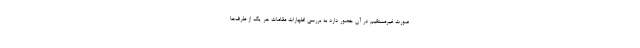
صورت غیرمستقیم در آن حضور دارد به بررسی اظهارات مقامات هر یک از طرف‌ها